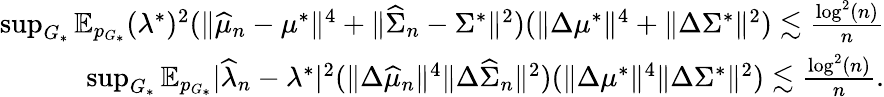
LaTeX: \begin{array}{r}{\operatorname*{sup}_{G_{*}}\mathbb{E}_{p_{G_{*}}}(\lambda^{*})^{2}(\| \widehat{\mu}_{n}-\mu^{*}\| ^{4}+\| \widehat{\Sigma}_{n}-\Sigma^{*}\| ^{2})(\| \Delta\mu^{*}\| ^{4}+\| \Delta\Sigma^{*}\| ^{2})\lesssim\frac{\log^{2}(n)}{n}}\\ {\operatorname*{sup}_{G_{*}}\mathbb{E}_{p_{G_{*}}}|\widehat{\lambda}_{n}-\lambda^{*}|^{2}(\| \Delta\widehat{\mu}_{n}\| ^{4}\| \Delta\widehat{\Sigma}_{n}\| ^{2})(\| \Delta\mu^{*}\| ^{4}\| \Delta\Sigma^{*}\| ^{2})\lesssim\frac{\log^{2}(n)}{n}.}\end{array}